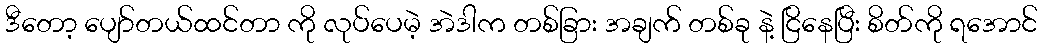
ဒီတော့ ပျော်တယ်ထင်တာ ကို လုပ်ပေမဲ့ အဲဒါက တစ်ခြား အချက် တစ်ခု နဲ့ ငြိနေပြီး စိတ်ကို ရအောင်